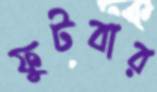
ফুটবার